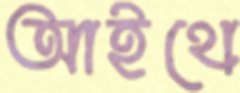
আইথে